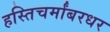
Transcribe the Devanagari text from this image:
हस्तिचर्मांबरधर